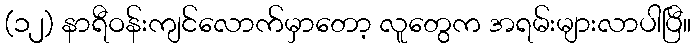
(၁၂) နာရီဝန်းကျင်လောက်မှာတော့ လူတွေက အရမ်းများလာပါပြီ။